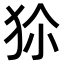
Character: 𤝝